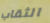
الثقاب